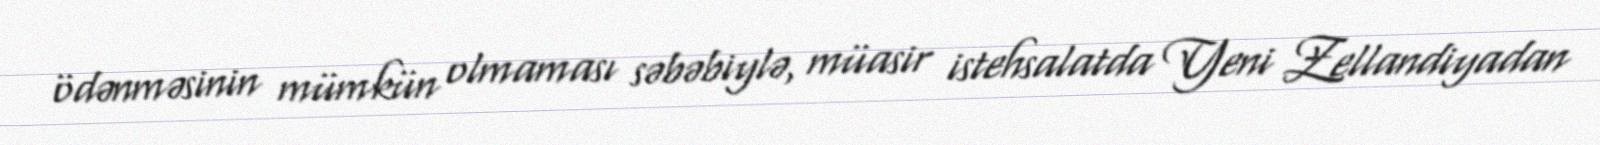
ödənməsinin mümkün olmaması səbəbiylə, müasir istehsalatda Yeni Zellandiyadan